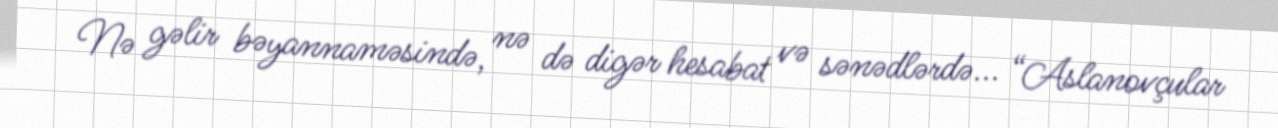
Nə gəlir bəyannaməsində, nə də digər hesabat və sənədlərdə... “Aslanovçular